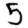
Digit: 5